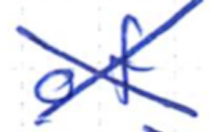
Text: of
Cross-out: mix
Writing tool: ballpoint